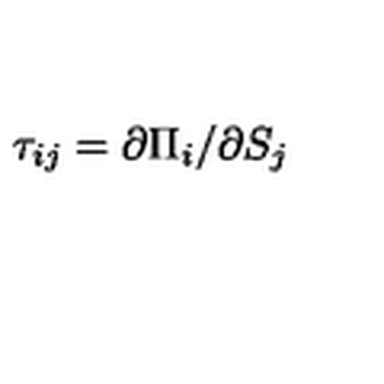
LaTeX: \tau _ { i j } = \partial \Pi _ { i } / \partial S _ { j }